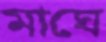
মাঘে